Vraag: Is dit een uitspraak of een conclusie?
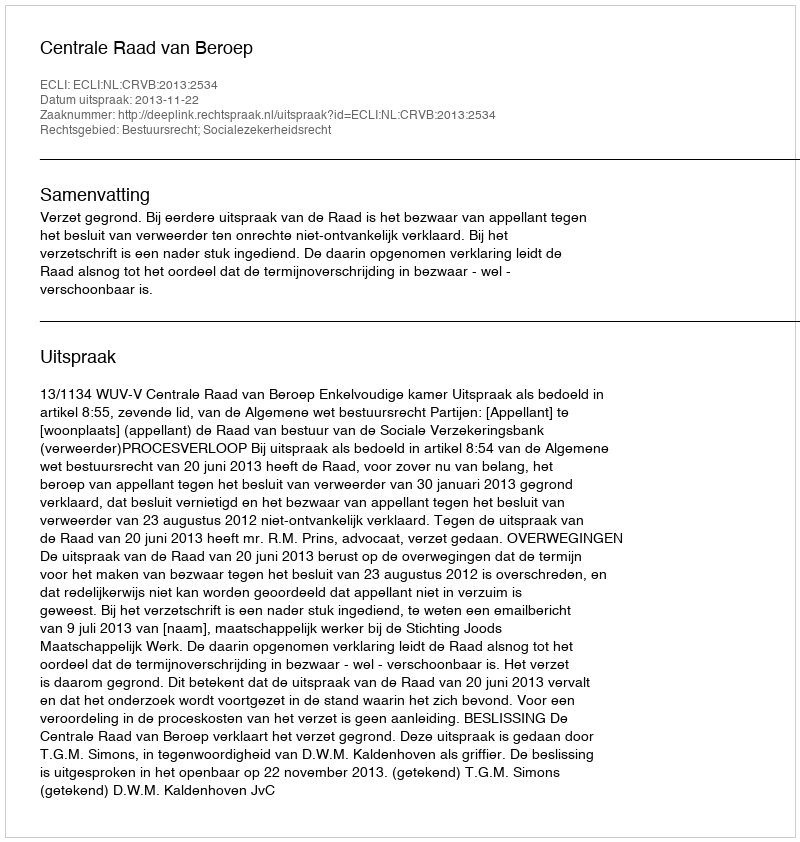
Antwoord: Uitspraak